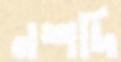
নশদি